Riigikantselei, lk 134
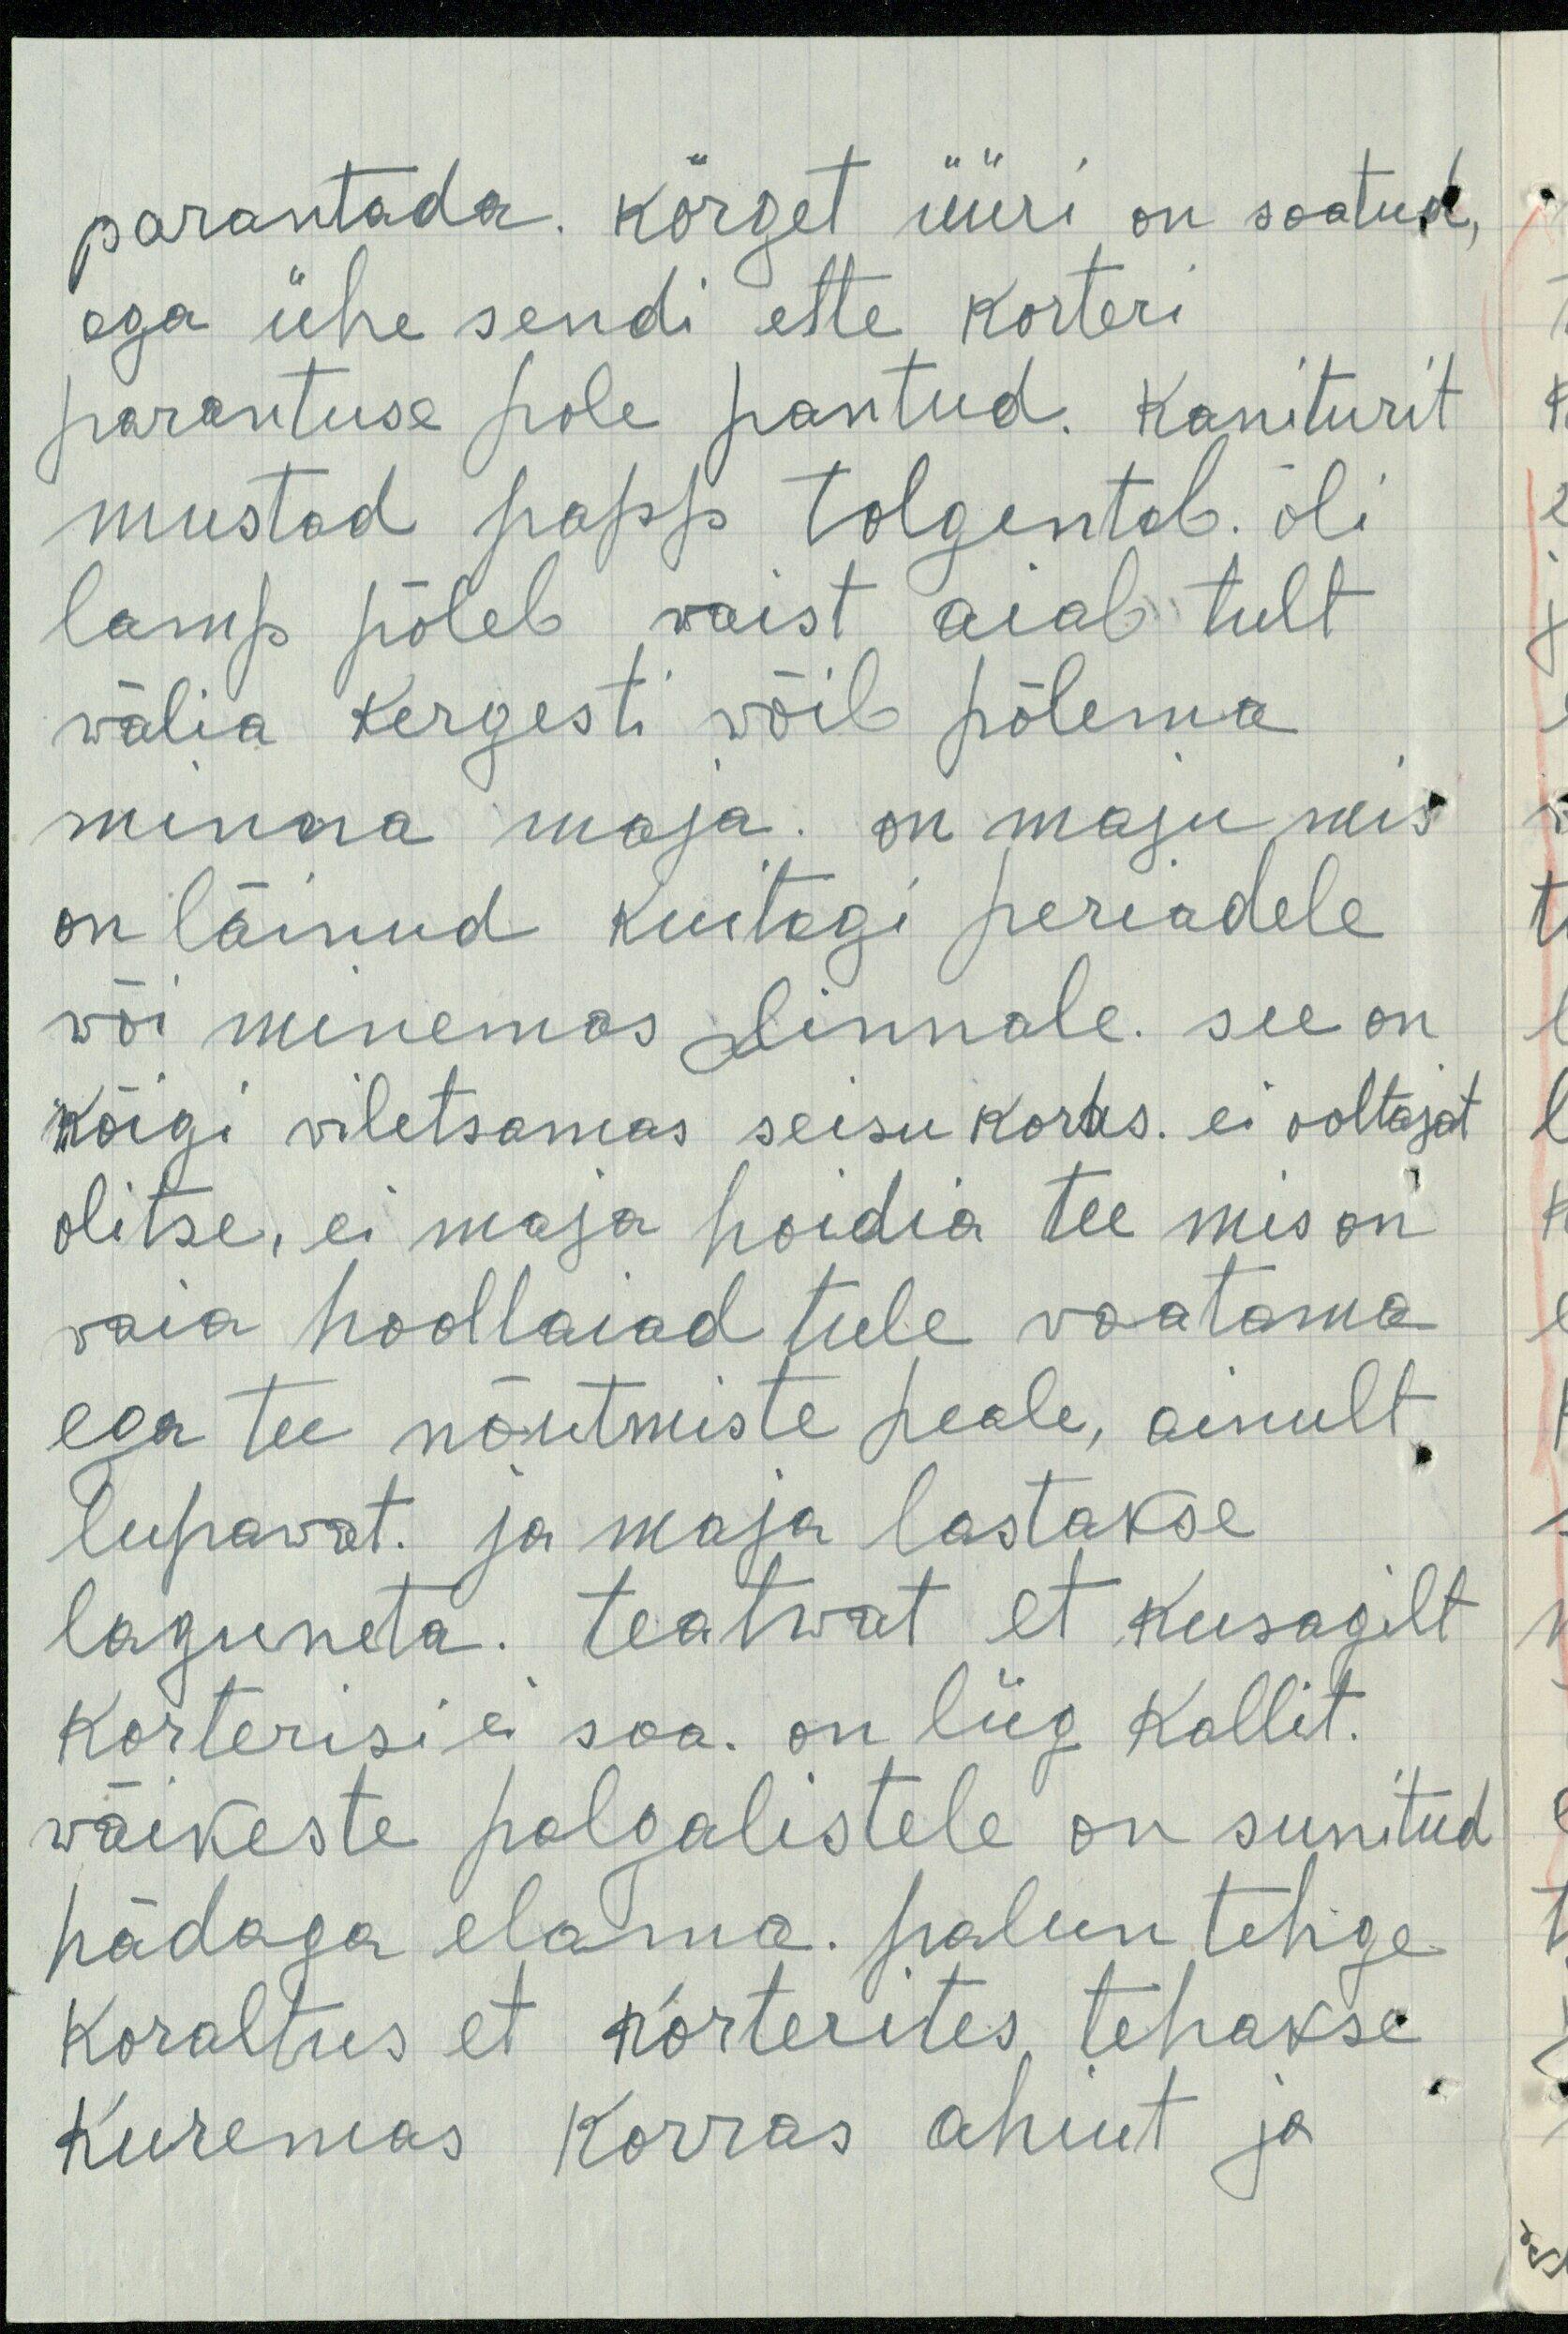
parantada. körget üüri on saatud,
ega ühe sendi ette korteri
parantuse pole pantud. Kaniturit
mustad papp tolgentab. õli
lamp põleb vaist aiab tult
välia kergesti võib põlema
minna maja. on maju, mis
on läinud kuitagi periadele
või minemas Linnale. see on
kõigi viletsamas seisu koras. ei ooltajat
olitse, ei maja hoidia tee mis on
vaia hooltaiad tule vaatama
ega tee nõutmiste peale, ainult
lupavat. ja maja lastakse
laguneta. teatwat et kusagilt
korterisi ei soa. on liig Kallit.
väikeste palgalistele on sunitud
hädaga elama. palun tehge
koraltus, et korterites tehakse
Kuremas korras ahiut ja